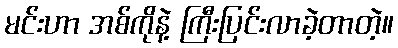
မင်းဟာ အစ်ကိုနဲ့ ကြီးပြင်းလာခဲ့တာတဲ့။